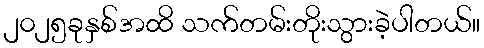
၂၀၂၅ခုနှစ်အထိ သက်တမ်းတိုးသွားခဲ့ပါတယ်။